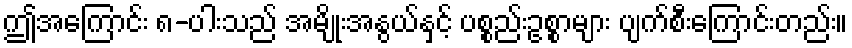
ဤအကြောင်း ၈-ပါးသည် အမျိုးအနွယ်နှင့် ပစ္စည်းဥစ္စာများ ပျက်စီးကြောင်းတည်း။